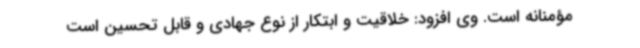
مؤمنانه است. وی افزود: خلاقیت و ابتکار از نوع جهادی و قابل تحسین است